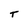
Character: T